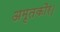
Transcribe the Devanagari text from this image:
अमृतकौर।